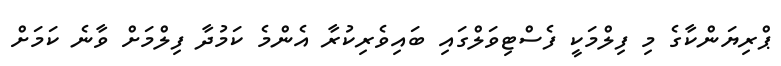
ޕްރިޔަންކާގެ މި ފިލްމަކީ ފެސްޓިވަލްގައި ބައިވެރިކުރާ އެންމެ ކަމުދާ ފިލްމަށް ވާނެ ކަމަށް